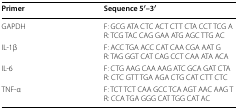
<table><thead><tr><td><b>Primer</b></td><td><b>Sequence 5′–3′</b></td></tr></thead><tbody><tr><td>GAPDH</td><td>F: GCG ATA CTC ACT CTT CTA CCT TCG AR: TCG TAC CAG GAA ATG AGC TTG AC</td></tr><tr><td>IL-1β</td><td>F: ACC TGA ACC CAT CAA CGA AAT GR: TAG GGT CAT CAG CCT CAA ATA ACA</td></tr><tr><td>IL-6</td><td>F: CTG AAG CAA AAG ATC GCA GAT CTAR: CTC GTT TGA AGA CTG CAT CTT CTC</td></tr><tr><td>TNF-α</td><td>F: TCT TCT CAA GCC TCA AGT AAC AAG TR: CCA TGA GGG CAT TGG CAT AC</td></tr></tbody></table>